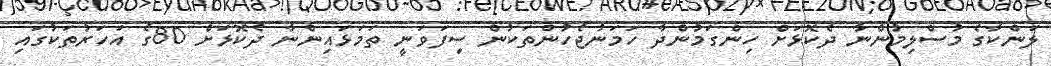
ލަންކާގެ މުސްލިމުންނާ ދެކޮޅަށް ހިންގަމުންދާ ހަމަނުޖެހުންތަކުން ސިފަވަނީ ތަމަޅައިންނާ ދެކޮޅަށް 80ގެ އަހަރުތަކުގައި